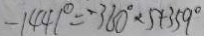
- 1 4 4 1 ^ { \circ } = - 3 6 0 ^ { \circ } \times 5 + 3 5 9 ^ { \circ }